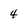
Character: 4